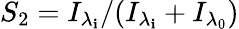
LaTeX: {S_{2}}={I_{{\lambda}_{\mathbf{i}}}}/{(I_{{\lambda}_{\mathbf{i}}}+I_{{\lambda}_{0}})}